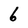
Character: 6